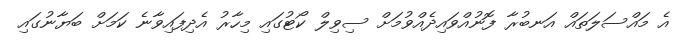
އެ މައްސަލަތައް އަނބުރާ ފޮނުއްވައިދެއްވުމަށް ސިވިލް ކޯޓުގައި މިހާރު އެދިފައިވާނެ ކަމަށް ބަޔާނުގައި